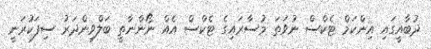
ދުބާއީގައި އިންކަމް ޓެކްސް ނުވަތަ މުސާރައިގެ ޓެކްސް އެއް ނޯންނާތީ ބަލްވިންދަރު ސިފަކުރަނީ